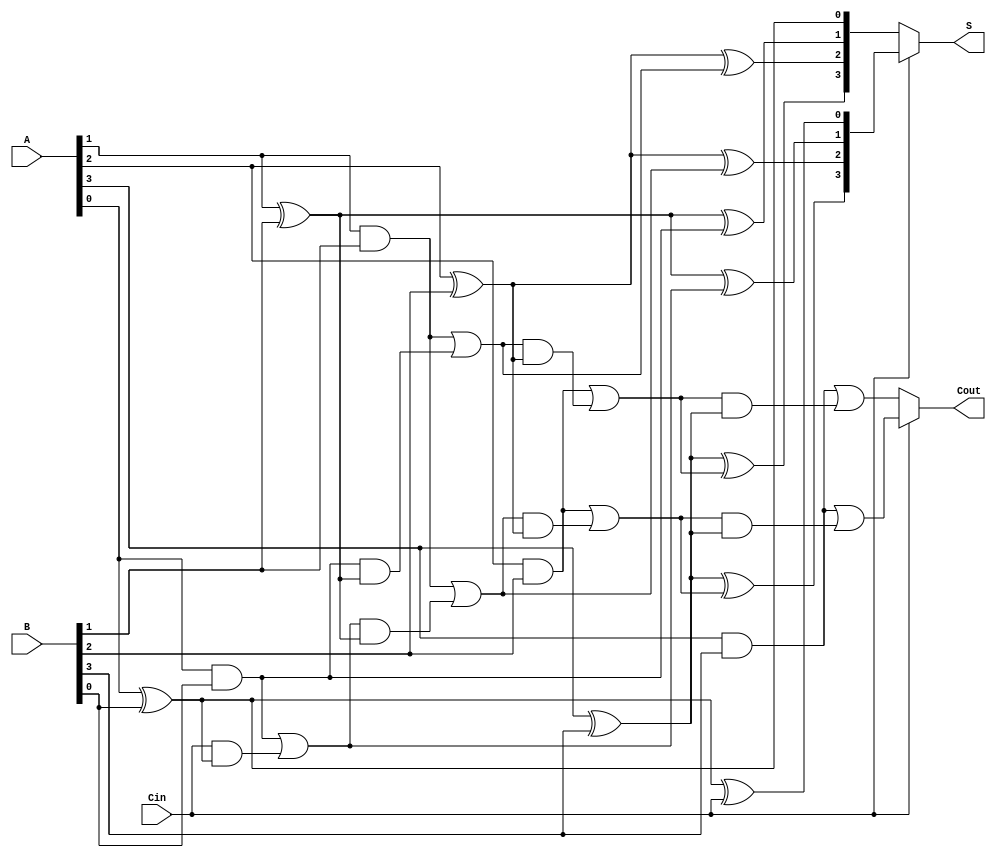
module ConditionalSumAdder #(parameter n = 4) (
    input [n-1:0] A,      // First n-bit input
    input [n-1:0] B,      // Second n-bit input
    input Cin,            // Carry-in
    output [n-1:0] S,     // Sum output
    output Cout           // Carry-out
);

    wire [n-1:0] S0;      // Partial sums without carry-in
    wire [n-1:0] S1;      // Partial sums with carry-in
    wire [n:0] C0;        // Carry signals without carry-in
    wire [n:0] C1;        // Carry signals with carry-in

    // Initial carry
    assign C0[0] = 1'b0;  // No carry-in for C0
    assign C1[0] = Cin;   // Carry-in for C1

    // Generate partial sums and carry signals
    genvar i;
    generate
        for (i = 0; i < n; i = i + 1) begin : CSA
            // Partial sums
            assign S0[i] = A[i] ^ B[i] ^ C0[i]; // Sum without carry-in
            assign S1[i] = A[i] ^ B[i] ^ C1[i]; // Sum with carry-in

            // Carry generation
            assign C0[i+1] = (A[i] & B[i]) | (C0[i] & (A[i] ^ B[i]));
            assign C1[i+1] = (A[i] & B[i]) | (C1[i] & (A[i] ^ B[i]));
        end
    endgenerate

    // Select final sum and carry-out based on carry-in
    assign S = Cin ? S1 : S0; // Select sum based on carry-in
    assign Cout = Cin ? C1[n] : C0[n]; // Select carry-out based on carry-in

endmodule